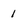
Character: 1